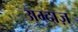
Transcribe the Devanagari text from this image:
अम्दाज़